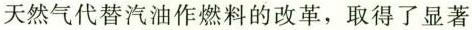
天然气代替汽油作燃料的改革，取得了显著